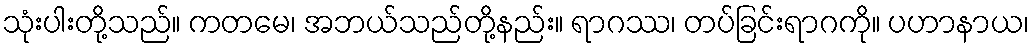
သုံးပါးတို့သည်။ ကတမေ၊ အဘယ်သည်တို့နည်း။ ရာဂဿ၊ တပ်ခြင်းရာဂကို။ ပဟာနာယ၊